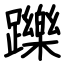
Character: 躒